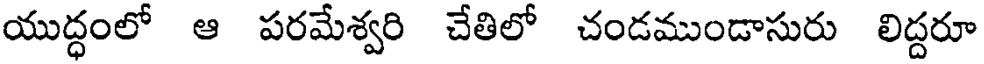
యుద్ధంలో ఆ పరమేశ్వరి చేతిలో చండముండాసురు లిద్దరూ